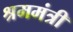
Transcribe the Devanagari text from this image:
श्रममंत्री